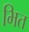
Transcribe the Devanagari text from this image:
भित